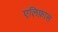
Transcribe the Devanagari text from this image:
एलिफ़ास